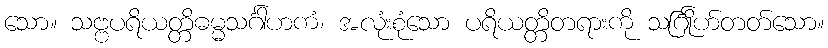
သော။ သဗ္ဗပရိယတ္တိဓမ္မသင်္ဂါဟကံ၊ အလုံးစုံသော ပရိယတ္တိတရားကို သင်္ဂြိုဟ်တတ်သော။